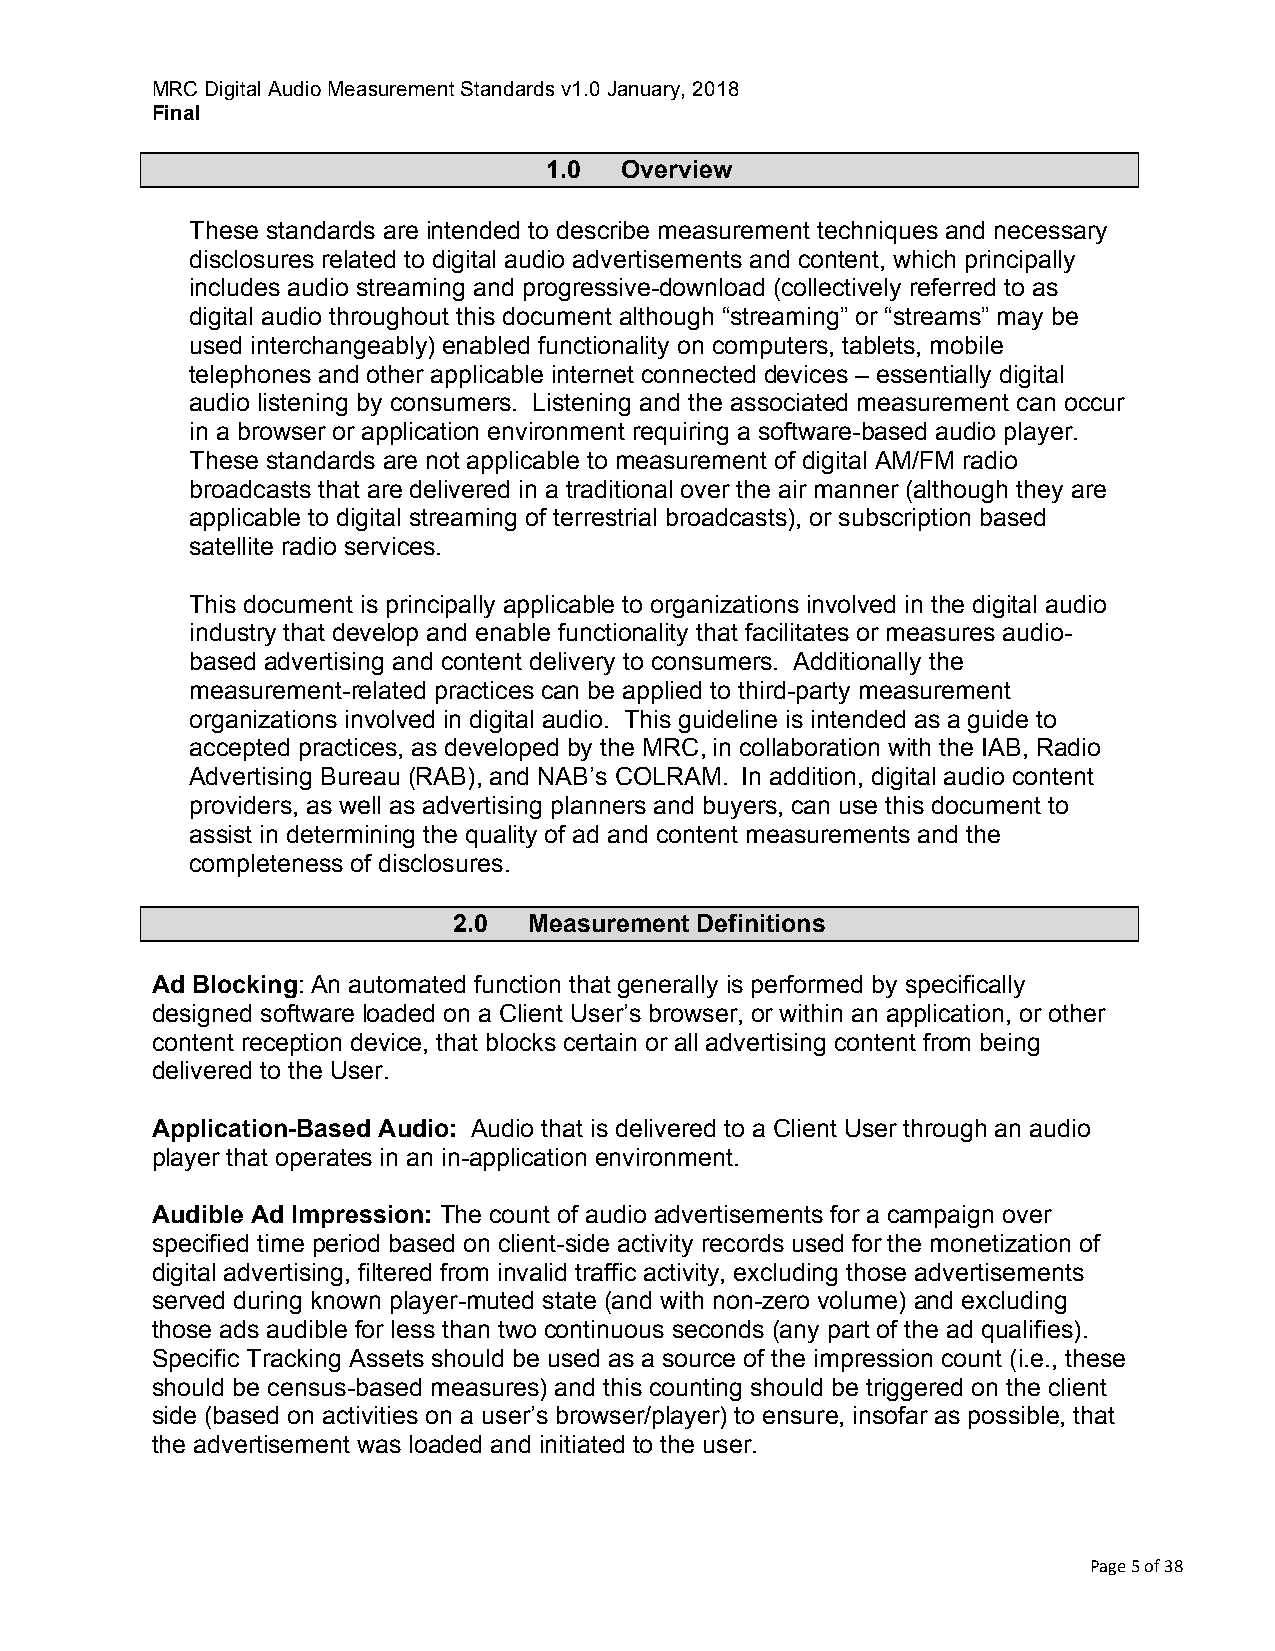
MRC Digital Audio Measurement Standards v1.0 January, 2018
 Final
 1.0  Overview
 These standards are intended to describe measurement techniques and necessary
 disclosures related to digital audio advertisements and content, which principally
 includes audio streaming and progressive-download (collectively referred to as
 digital audio throughout this document although “streaming” or “streams” may be
 used interchangeably) enabled functionality on computers, tablets, mobile
 telephones and other applicable internet connected devices – essentially digital
 audio listening by consumers. Listening and the associated measurement can occur
 in a browser or application environment requiring a software-based audio player.
 These standards are not applicable to measurement of digital AM/FM radio
 broadcasts that are delivered in a traditional over the air manner (although they are
 applicable to digital streaming of terrestrial broadcasts), or subscription based
 satellite radio services.
 This document is principally applicable to organizations involved in the digital audio
 industry that develop and enable functionality that facilitates or measures audio-
 based advertising and content delivery to consumers. Additionally the
 measurement-related practices can be applied to third-party measurement
 organizations involved in digital audio. This guideline is intended as a guide to
 accepted practices, as developed by the MRC, in collaboration with the IAB, Radio
 Advertising Bureau (RAB), and NAB’s COLRAM. In addition, digital audio content
 providers, as well as advertising planners and buyers, can use this document to
 assist in determining the quality of ad and content measurements and the
 completeness of disclosures.
 2.0  Measurement Definitions
 Ad Blocking: An automated function that generally is performed by specifically
 designed software loaded on a Client User’s browser, or within an application, or other
 content reception device, that blocks certain or all advertising content from being
 delivered to the User.
 Application-Based Audio: Audio that is delivered to a Client User through an audio
 player that operates in an in-application environment.
 Audible Ad Impression: The count of audio advertisements for a campaign over
 specified time period based on client-side activity records used for the monetization of
 digital advertising, filtered from invalid traffic activity, excluding those advertisements
 served during known player-muted state (and with non-zero volume) and excluding
 those ads audible for less than two continuous seconds (any part of the ad qualifies).
 Specific Tracking Assets should be used as a source of the impression count (i.e., these
 should be census-based measures) and this counting should be triggered on the client
 side (based on activities on a user’s browser/player) to ensure, insofar as possible, that
 the advertisement was loaded and initiated to the user.
 Page 5 of 38